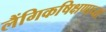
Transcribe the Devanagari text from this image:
लैंगिकषिक्षणाच्या